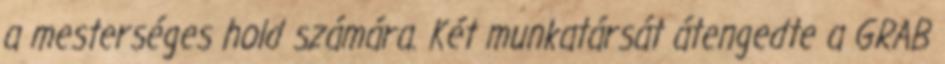
a mesterséges hold számára. Két munkatársát átengedte a GRAB